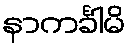
နာကင်္ခါမိ